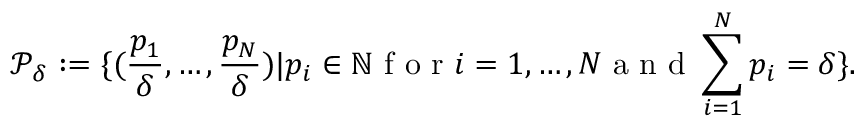
\mathcal { P } _ { \delta } : = \{ ( \frac { p _ { 1 } } { \delta } , \dots , \frac { p _ { N } } { \delta } ) | p _ { i } \in \mathbb { N } \mathrm { ~ f ~ o ~ r ~ } i = 1 , \dots , N \mathrm { ~ a ~ n ~ d ~ } \sum _ { i = 1 } ^ { N } p _ { i } = \delta \} .